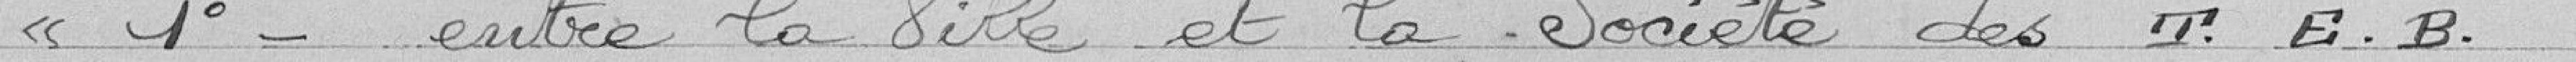
"1° - entre la Ville et la Société des T.E.B.